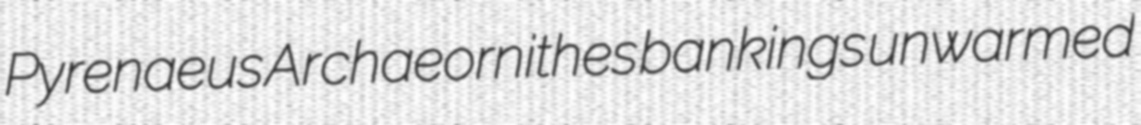
Pyrenaeus Archaeornithes bankings unwarmed